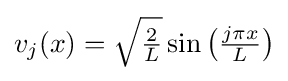
v_{j}(x)={\sqrt {\tfrac {2}{L}}}\sin \left({\tfrac {j\pi x}{L}}\right)